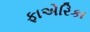
ફાએરિકા